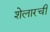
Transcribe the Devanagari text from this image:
शेलारची